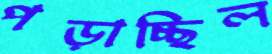
পড়াচ্ছিল